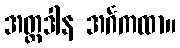
အတ္တဒါန အင်္ဂကထာ။